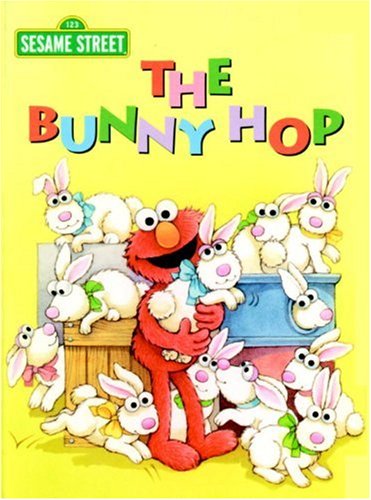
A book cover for The Bunny Hop (Sesame Street) (Big Bird's Favorites Board Books); Sarah Albee; Children's Books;